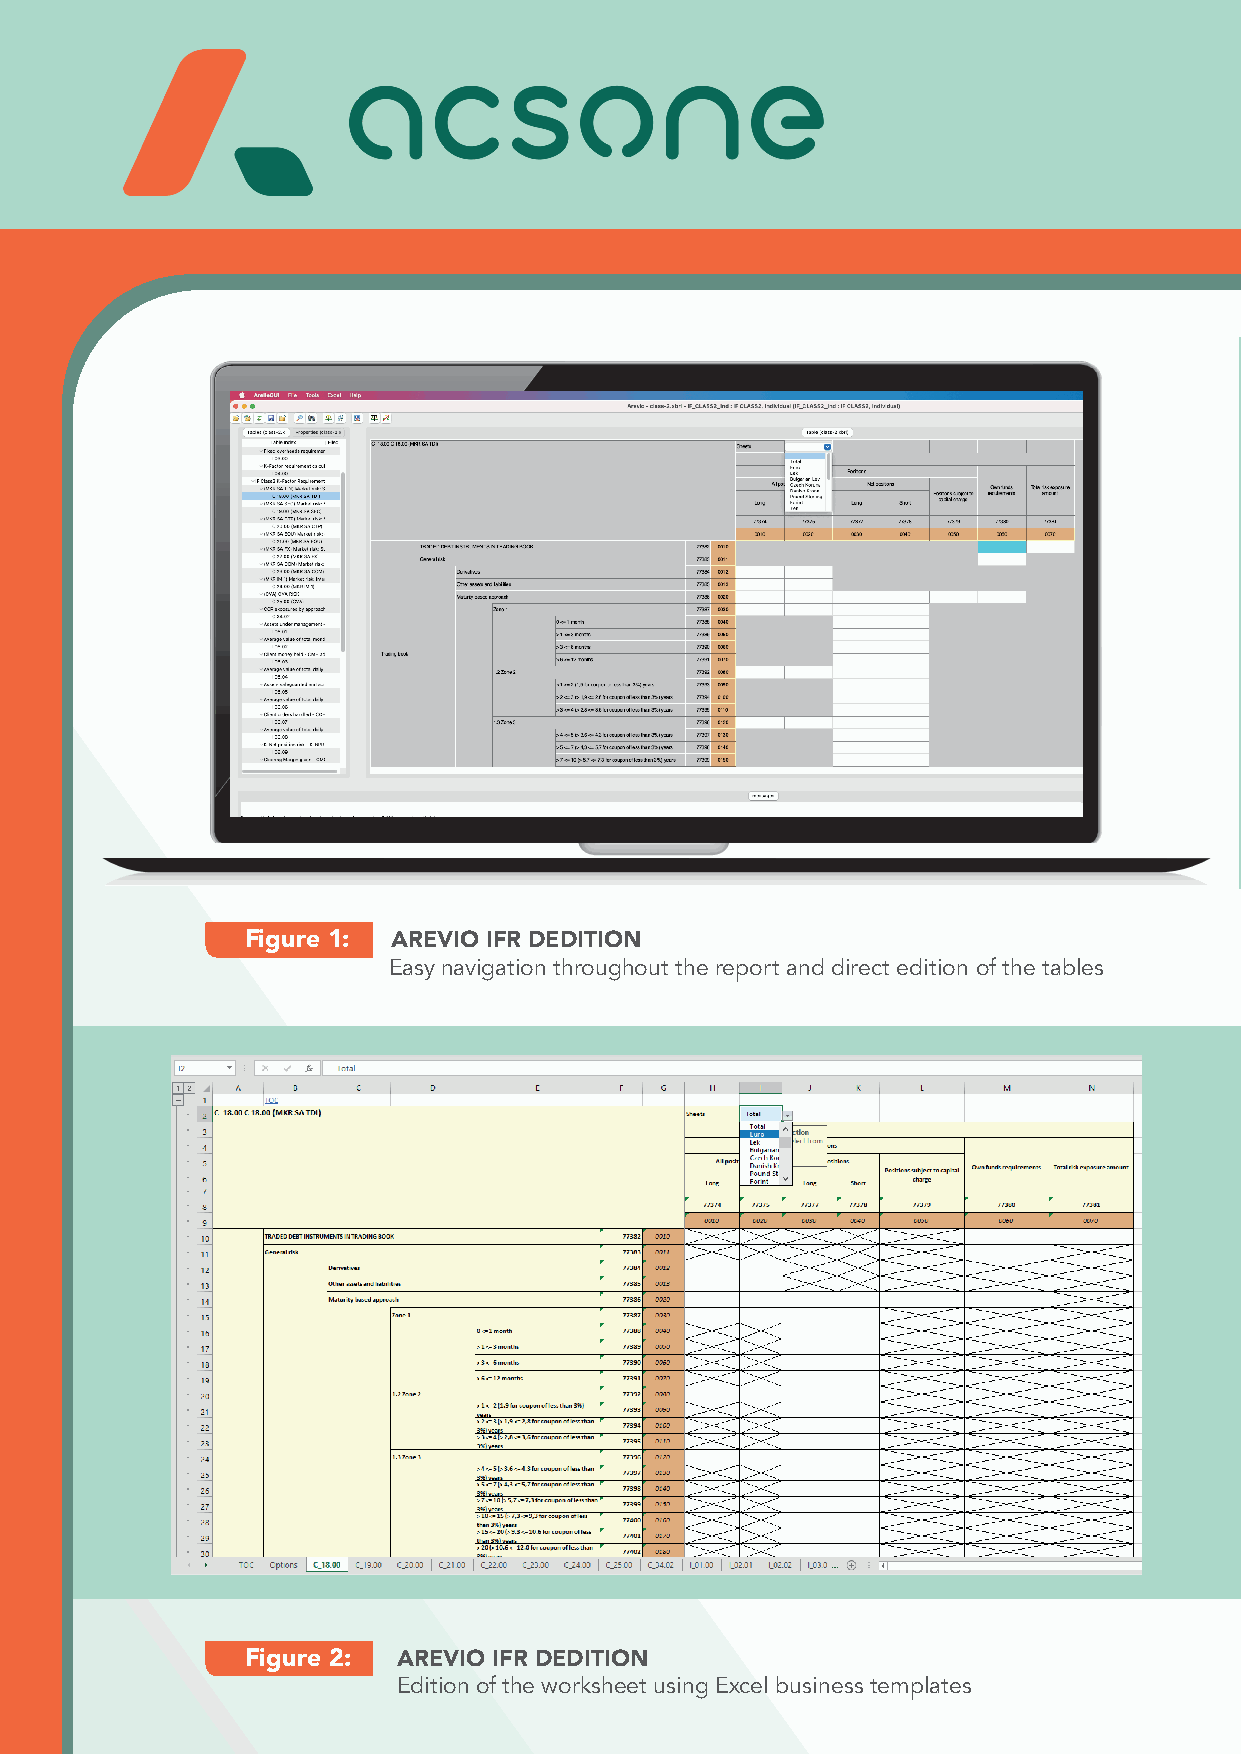
Figure 1: AREVIO IFR DEDITION
 Easy navigation throughout the report and direct edition of the tables
 Figure 2: AREVIO IFR DEDITION
 Edition of the worksheet using Excel business templates